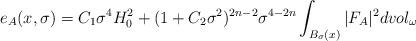
LaTeX: \begin{align*} e_A(x,\sigma)=C_1\sigma^4H_0^2+ (1+C_2\sigma^2)^{2n-2}\sigma^{4-2n}\int_{B_\sigma(x)}|F_A|^2 dvol_\omega\end{align*}